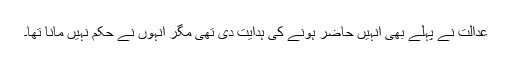
عدالت نے پہلے بھی انہیں حاضر ہونے کی ہدایت دی تھی مگر انہوں نے حکم نہیں مانا تھا۔